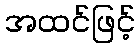
အထင်ဖြင့်